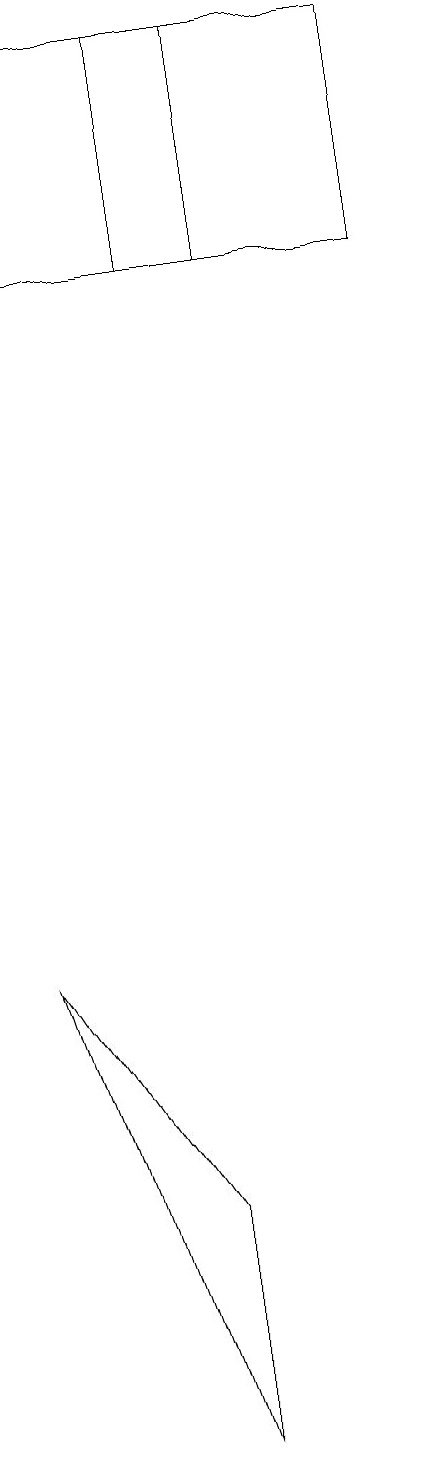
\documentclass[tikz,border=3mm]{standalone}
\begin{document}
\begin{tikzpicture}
\draw (4,1) -- (4,4) -- (2,7) -- cycle;
\draw (7,19) rectangle (2,16);
\draw (4,16) rectangle (5,19);
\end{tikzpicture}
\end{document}